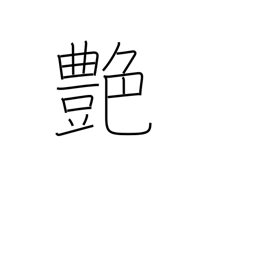
Meaning: polish